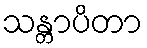
သန္တာပိတာ